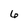
Character: 6